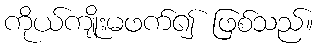
ကိုယ်ကျိုးမဖက်၍ ဖြစ်သည်။